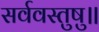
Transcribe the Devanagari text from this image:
सर्ववस्तुषु॥